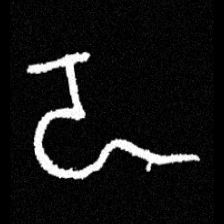
Pyu character \u2014 Myanmar letter: ဍ (romanized: dda)